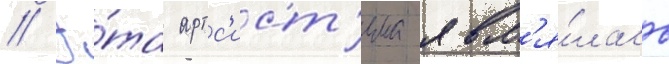
// Э́та артс'ист'ема явл'я́лась